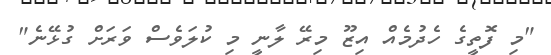
"މި ފޮތީގެ ހެދުމެއް އިޒޫ މިރޭ ލާނީ މި ކުލަވެސް ވަރަށް ގުޅޭނެ"